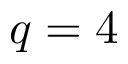
q = 4